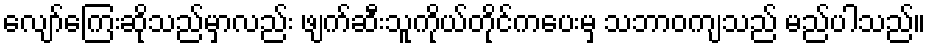
လျော်ကြေးဆိုသည်မှာလည်း ဖျက်ဆီးသူကိုယ်တိုင်ကပေးမှ သဘာဝကျသည် မည်ပါသည်။